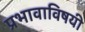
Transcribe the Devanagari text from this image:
प्रभावाविषयी